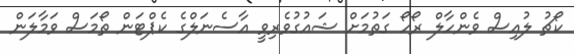
ކޯޗު ލުއިސް ވެންހާލް ރޯހޯ ގަތުމަށް ޝައުގުވެރިވީ އާސެނަލްގެ ކެޕްޓަން ތޯމަސް ވަމާލަން